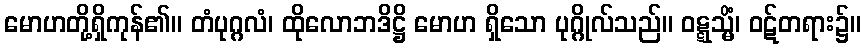
မောဟတို့ရှိကုန်၏။ တံပုဂ္ဂလံ၊ ထိုလောဘဒိဋ္ဌိ မောဟ ရှိသော ပုဂ္ဂိုလ်သည်။ ဝဋ္ဋသ္မိံ၊ ဝဋ်တရား၌။